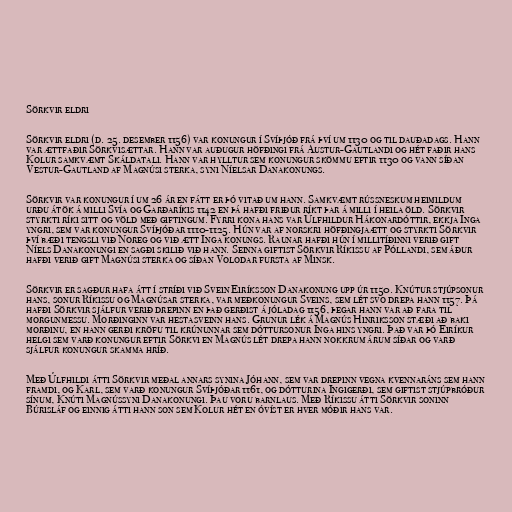
Sörkvir eldri

Sörkvir eldri (d. 25. desember 1156) var konungur í Svíþjóð frá því um 1130 og til dauðadags. Hann
var ættfaðir Sörkvisættar. Hann var auðugur höfðingi frá Austur-Gautlandi og hét faðir hans
Kolur samkvæmt Skáldatali. Hann var hylltur sem konungur skömmu eftir 1130 og vann síðan
Vestur-Gautland af Magnúsi sterka, syni Níelsar Danakonungs.

Sörkvir var konungur í um 26 ár en fátt er þó vitað um hann. Samkvæmt rússneskum heimildum
urðu átök á milli Svía og Garðaríkis 1142 en þá hafði friður ríkt þar á milli í heila öld. Sörkvir
styrkti ríki sitt og völd með giftingum. Fyrri kona hans var Úlfhildur Hákonardóttir, ekkja Inga
yngri, sem var konungur Svíþjóðar 1110-1125. Hún var af norskri höfðingjaætt og styrkti Sörkvir
því bæði tengsli við Noreg og við ætt Inga konungs. Raunar hafði hún í millitíðinni verið gift
Níels Danakonungi en sagði skilið við hann. Seinna giftist Sörkvir Ríkissu af Póllandi, sem áður
hafði verið gift Magnúsi sterka og síðan Volodar fursta af Minsk.

Sörkvir er sagður hafa átt í stríði við Svein Eiríksson Danakonung upp úr 1150. Knútur stjúpsonur
hans, sonur Ríkissu og Magnúsar sterka, var meðkonungur Sveins, sem lét svo drepa hann 1157. Þá
hafði Sörkvir sjálfur verið drepinn en það gerðist á jóladag 1156, þegar hann var að fara til
morgunmessu. Morðinginn var hestasveinn hans. Grunur lék á Magnús Hinriksson stæði að baki
morðinu, en hann gerði kröfu til krúnunnar sem dóttursonur Inga hins yngri. Það var þó Eiríkur
helgi sem varð konungur eftir Sörkvi en Magnús lét drepa hann nokkrum árum síðar og varð
sjálfur konungur skamma hríð.

Með Úlfhildi átti Sörkvir meðal annars synina Jóhann, sem var drepinn vegna kvennaráns sem hann
framdi, og Karl, sem varð konungur Svíþjóðar 1161, og dótturina Ingigerði, sem giftist stjúpbróður
sínum, Knúti Magnússyni Danakonungi. Þau voru barnlaus. Með Ríkissu átti Sörkvir soninn
Búrisláf og einnig átti hann son sem Kolur hét en óvíst er hver móðir hans var.